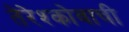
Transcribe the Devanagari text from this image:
तेरेश्कोवाची